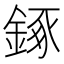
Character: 𨧧